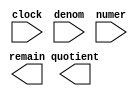
// megafunction wizard: %LPM_DIVIDE%VBB%
// GENERATION: STANDARD
// VERSION: WM1.0
// MODULE: LPM_DIVIDE 

// ============================================================
// Megafunction Name(s):
// 			LPM_DIVIDE
//
// Simulation Library Files(s):
// 			lpm
// ============================================================
// ************************************************************
// THIS IS A WIZARD-GENERATED FILE. DO NOT EDIT THIS FILE!
//
// 13.0.0 Build 156 04/24/2013 SJ Full Version
// ************************************************************

//Copyright (C) 1991-2013 Altera Corporation
//Your use of Altera Corporation's design tools, logic functions 
//and other software and tools, and its AMPP partner logic 
//functions, and any output files from any of the foregoing 
//(including device programming or simulation files), and any 
//associated documentation or information are expressly subject 
//to the terms and conditions of the Altera Program License 
//Subscription Agreement, Altera MegaCore Function License 
//Agreement, or other applicable license agreement, including, 
//without limitation, that your use is for the sole purpose of 
//programming logic devices manufactured by Altera and sold by 
//Altera or its authorized distributors.  Please refer to the 
//applicable agreement for further details.

module divider_ip (
	clock,
	denom,
	numer,
	quotient,
	remain);

	input	  clock;
	input	[63:0]  denom;
	input	[63:0]  numer;
	output	[63:0]  quotient;
	output	[63:0]  remain;

endmodule

// ============================================================
// CNX file retrieval info
// ============================================================
// Retrieval info: PRIVATE: INTENDED_DEVICE_FAMILY STRING "Cyclone IV E"
// Retrieval info: PRIVATE: PRIVATE_LPM_REMAINDERPOSITIVE STRING "TRUE"
// Retrieval info: PRIVATE: PRIVATE_MAXIMIZE_SPEED NUMERIC "-1"
// Retrieval info: PRIVATE: SYNTH_WRAPPER_GEN_POSTFIX STRING "0"
// Retrieval info: PRIVATE: USING_PIPELINE NUMERIC "1"
// Retrieval info: PRIVATE: VERSION_NUMBER NUMERIC "2"
// Retrieval info: PRIVATE: new_diagram STRING "1"
// Retrieval info: LIBRARY: lpm lpm.lpm_components.all
// Retrieval info: CONSTANT: LPM_DREPRESENTATION STRING "UNSIGNED"
// Retrieval info: CONSTANT: LPM_HINT STRING "LPM_REMAINDERPOSITIVE=TRUE"
// Retrieval info: CONSTANT: LPM_NREPRESENTATION STRING "UNSIGNED"
// Retrieval info: CONSTANT: LPM_PIPELINE NUMERIC "15"
// Retrieval info: CONSTANT: LPM_TYPE STRING "LPM_DIVIDE"
// Retrieval info: CONSTANT: LPM_WIDTHD NUMERIC "64"
// Retrieval info: CONSTANT: LPM_WIDTHN NUMERIC "64"
// Retrieval info: USED_PORT: clock 0 0 0 0 INPUT NODEFVAL "clock"
// Retrieval info: USED_PORT: denom 0 0 64 0 INPUT NODEFVAL "denom[63..0]"
// Retrieval info: USED_PORT: numer 0 0 64 0 INPUT NODEFVAL "numer[63..0]"
// Retrieval info: USED_PORT: quotient 0 0 64 0 OUTPUT NODEFVAL "quotient[63..0]"
// Retrieval info: USED_PORT: remain 0 0 64 0 OUTPUT NODEFVAL "remain[63..0]"
// Retrieval info: CONNECT: @clock 0 0 0 0 clock 0 0 0 0
// Retrieval info: CONNECT: @denom 0 0 64 0 denom 0 0 64 0
// Retrieval info: CONNECT: @numer 0 0 64 0 numer 0 0 64 0
// Retrieval info: CONNECT: quotient 0 0 64 0 @quotient 0 0 64 0
// Retrieval info: CONNECT: remain 0 0 64 0 @remain 0 0 64 0
// Retrieval info: GEN_FILE: TYPE_NORMAL divider_ip.v TRUE
// Retrieval info: GEN_FILE: TYPE_NORMAL divider_ip.inc FALSE
// Retrieval info: GEN_FILE: TYPE_NORMAL divider_ip.cmp FALSE
// Retrieval info: GEN_FILE: TYPE_NORMAL divider_ip.bsf FALSE
// Retrieval info: GEN_FILE: TYPE_NORMAL divider_ip_inst.v TRUE
// Retrieval info: GEN_FILE: TYPE_NORMAL divider_ip_bb.v TRUE
// Retrieval info: LIB_FILE: lpm